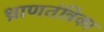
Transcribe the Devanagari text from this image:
ध्राणतंत्रिका